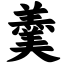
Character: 羹